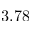
3 . 7 8